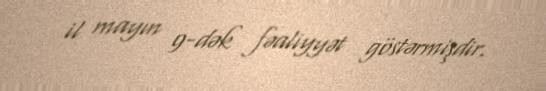
il mayın 9-dək fəaliyyət göstərmişdir.